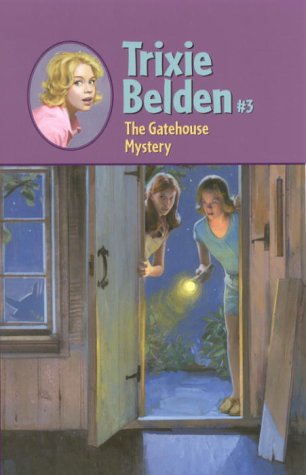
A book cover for The Gatehouse Mystery; Julie Campbell; Humor & Entertainment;